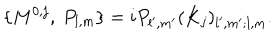
LaTeX: \{ M ^ { 0 , j } , \ P _ { l , m } \} = i P _ { l ^ { \prime } , m ^ { \prime } } ( K _ { j } ) _ { l ^ { \prime } , m ^ { \prime } ; l , m } .